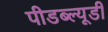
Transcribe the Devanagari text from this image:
पीडब्‍ल्‍यूडी